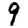
Digit: 9